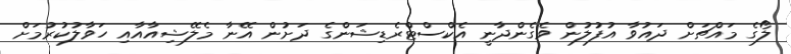
ލޯގެ މައްޗަށް ދައުވާ އުފުލުން ވެގެންދާނީ އެކްސްޓްރެޑިޝަންގެ ދަށުން އޭނާ މެލޭޝިއާއާއި ހަވާލުކުރުމަށް